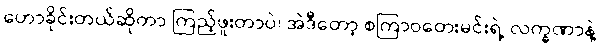
ဟောခိုင်းတယ်ဆိုတာ ကြည့်ဖူးတာပဲ၊ အဲဒီတော့ စကြာဝတေးမင်းရဲ့ လက္ခဏာနဲ့